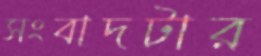
সংবাদটার